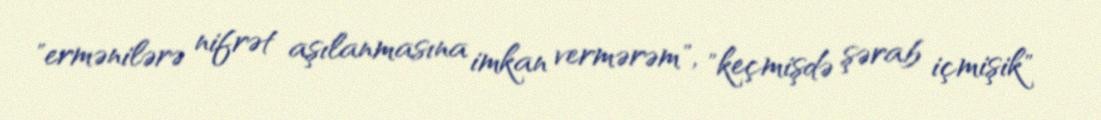
"ermənilərə nifrət aşılanmasına imkan vermərəm", "keçmişdə şərab içmişik"